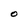
Character: O